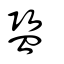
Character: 監